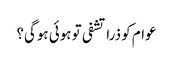
عوام کو ذرا تشفی تو ہوئی ہوگی؟